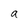
Character: a